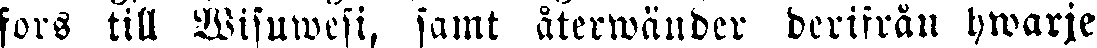
fors till Wisuwesi, samt återwänder derifrån hwarje